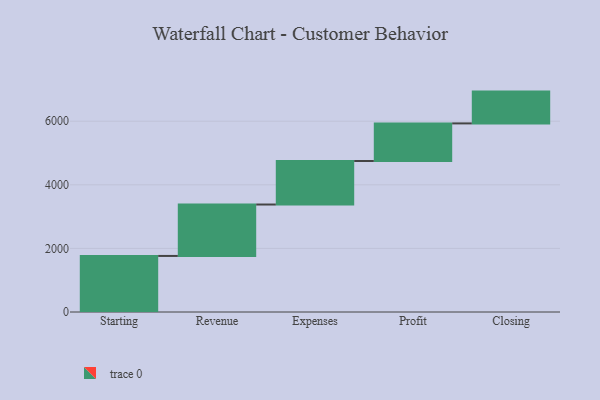
{"axis": {"x": "Step", "y": "Value"}, "legend": [""], "data": [{"x": "Starting", "y": 1763.0, "type": ""}, {"x": "Revenue", "y": 1617.0, "type": ""}, {"x": "Expenses", "y": 1369.0, "type": ""}, {"x": "Profit", "y": 1182.0, "type": ""}, {"x": "Closing", "y": 1000, "type": ""}]}